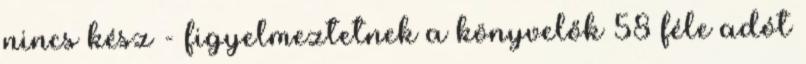
nincs kész - figyelmeztetnek a könyvelők 58 féle adót